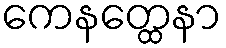
ကေနတ္ထေနာ